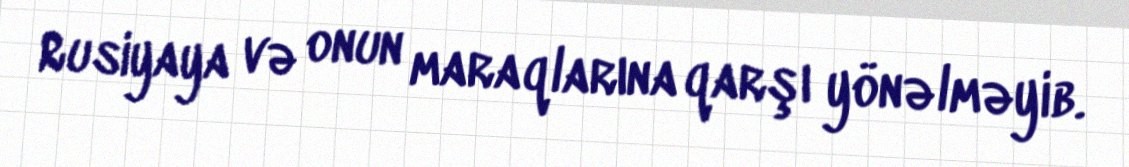
Rusiyaya və onun maraqlarına qarşı yönəlməyib.